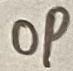
Text: OP